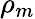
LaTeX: \rho_{m}